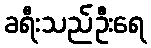
ခရီးသည်ဦးရေ